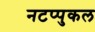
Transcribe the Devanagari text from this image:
नटप्पुकल